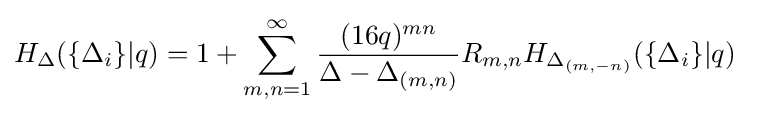
H_{\Delta }(\{\Delta _{i}\}|q)=1+\sum _{m,n=1}^{\infty }{\frac {(16q)^{mn}}{\Delta -\Delta _{(m,n)}}}R_{m,n}H_{\Delta _{(m,-n)}}(\{\Delta _{i}\}|q)\